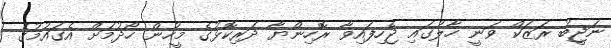
ނަޖީބު ރަޒަކް ވަނީ ހާލުގައި ޖެހިފައިވާ ރޮހިންޔާ ދަރިކޮޅުގެ މީހުން ހޯދުމަށް އެގައުމުގެ